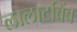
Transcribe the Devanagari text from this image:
लालाटबिंब